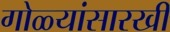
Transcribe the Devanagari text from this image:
गोळ्यांसारखी